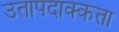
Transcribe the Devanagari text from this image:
उतापदाक्कता